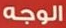
الوجه